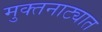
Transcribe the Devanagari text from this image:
मुक्तनाट्यात